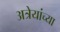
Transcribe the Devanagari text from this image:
अत्रेयांच्या